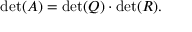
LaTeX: \operatorname* { d e t } ( A ) = \operatorname* { d e t } ( Q ) \cdot \operatorname* { d e t } ( R ) .